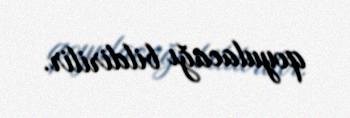
qoyulacağı bildirilir.